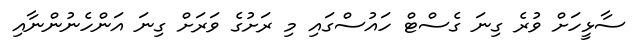
ސާޅީހަށް ވުރެ ގިނަ ގެސްޓް ހަައުސްގައި މި ރަށުގެ ވަރަށް ގިނަ އަންހެނުންނާއި